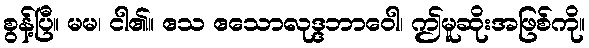
စွန့်ပြီ။ မမ၊ ငါ၏။ ဧသ ဧသောလုဒ္ဒဘာဝေါ၊ ဤမူဆိုးအဖြစ်ကို။